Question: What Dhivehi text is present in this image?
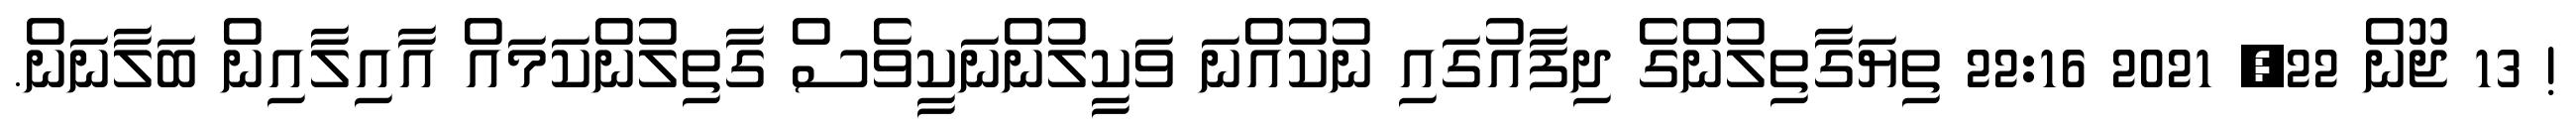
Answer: ! 13 ޖޫން 22, 2021 22:16 ތިޔަގާތިލުންގެ ދިފާއުގައި ނުކުއްނަ ވަކީލުންނަކީވެސް ގާތިލުންކަމައް އާއިލާއިން ބަލާނަން.